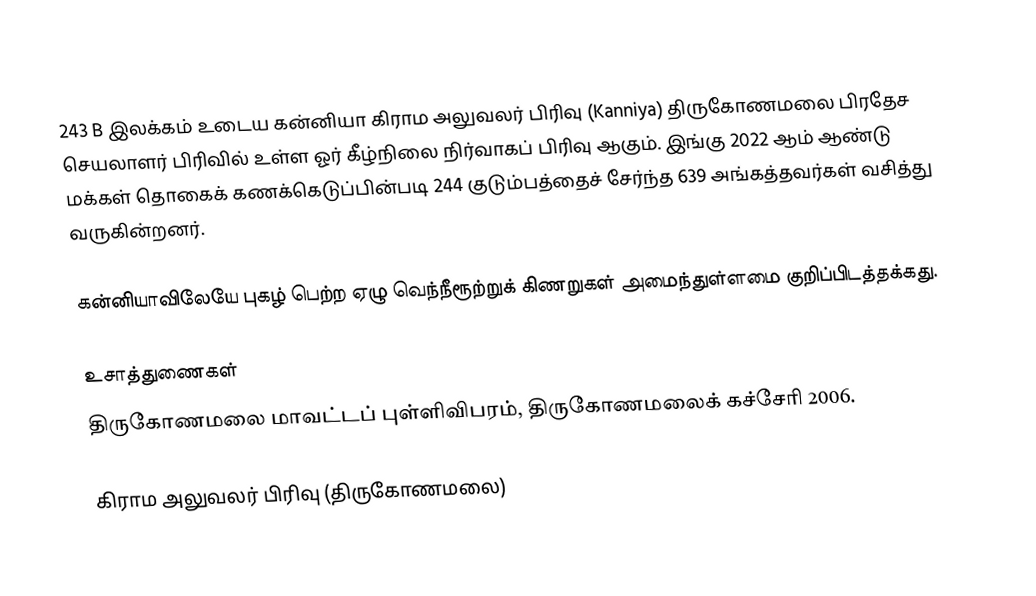
243 B இலக்கம் உடைய கன்னியா கிராம அலுவலர் பிரிவு (Kanniya) திருகோணமலை பிரதேச செயலாளர் பிரிவில் உள்ள ஓர் கீழ்நிலை நிர்வாகப் பிரிவு ஆகும். இங்கு 2022 ஆம் ஆண்டு மக்கள் தொகைக் கணக்கெடுப்பின்படி 244 குடும்பத்தைச் சேர்ந்த 639 அங்கத்தவர்கள் வசித்து வருகின்றனர்.

கன்னியாவிலேயே புகழ் பெற்ற ஏழு வெந்நீரூற்றுக் கிணறுகள் அமைந்துள்ளமை குறிப்பிடத்தக்கது.

உசாத்துணைகள்
திருகோணமலை மாவட்டப் புள்ளிவிபரம், திருகோணமலைக் கச்சேரி 2006.

கிராம அலுவலர் பிரிவு (திருகோணமலை)